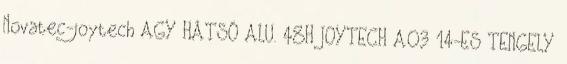
Novatec-joytech AGY HÁTSÓ ALU. 48H JOYTECH A03 14-ES TENGELY